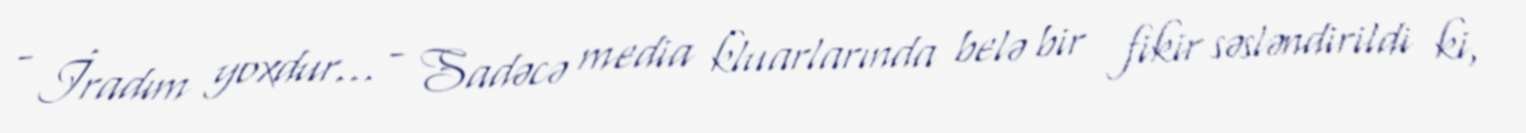
- İradım yoxdur... - Sadəcə media kluarlarında belə bir fikir səsləndirildi ki,